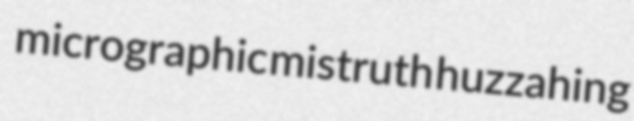
micrographic mistruth huzzahing